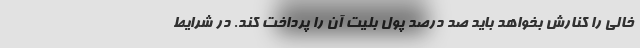
خالی را کنارش بخواهد باید صد درصد پول بلیت آن را پرداخت کند. در شرایط